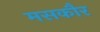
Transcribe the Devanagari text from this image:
मसकौर